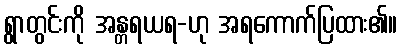
ရွာတွင်းကို အန္တရယရ-ဟု အရကောက်ပြထား၏။